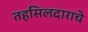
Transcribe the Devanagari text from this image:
तहसिलदाराचे